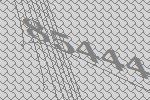
85444